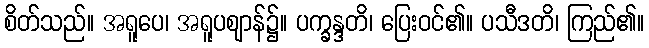
စိတ်သည်။ အရူပေ၊ အရူပဈာန်၌။ ပက္ခန္ဒတိ၊ ပြေးဝင်၏။ ပသီဒတိ၊ ကြည်၏။